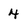
Character: 4